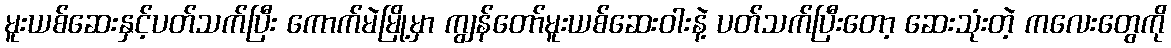
မူးယစ်ဆေးနှင့်ပတ်သက်ပြီး ကောက်မဲမြို့မှာ ကျွန်တော်မူးယစ်ဆေးဝါးနဲ့ ပတ်သက်ပြီးတော့ ဆေးသုံးတဲ့ ကလေးတွေကို